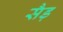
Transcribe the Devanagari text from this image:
सैड़